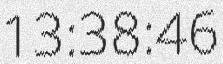
13:38:46